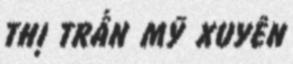
THỊ TRẤN MỸ XUYÊN